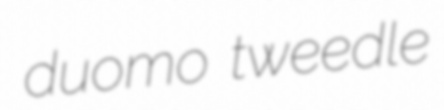
duomo tweedle